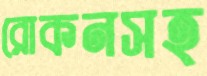
রোকনসহ